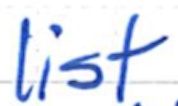
Text: list
Cross-out: clean
Writing tool: ballpoint